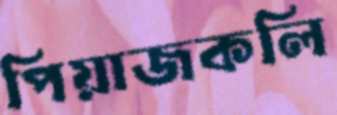
পিয়াজকলি